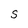
Character: s